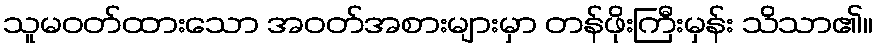
သူမဝတ်ထားသော အဝတ်အစားများမှာ တန်ဖိုးကြီးမှန်း သိသာ၏။